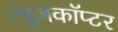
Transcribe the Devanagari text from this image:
न्यूज़कॉप्टर